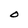
Character: O